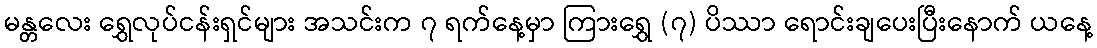
မန္တလေး ရွှေလုပ်ငန်းရှင်များ အသင်းက ၇ ရက်နေ့မှာ ကြားရွှေ (၇) ပိဿာ ရောင်းချပေးပြီးနောက် ယနေ့